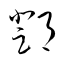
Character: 鄧